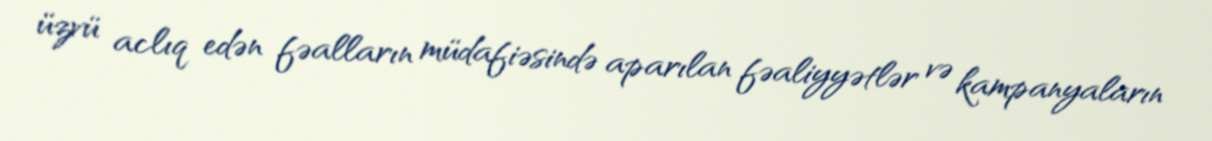
üzvü aclıq edən fəalların müdafiəsində aparılan fəaliyyətlər və kampanyaların